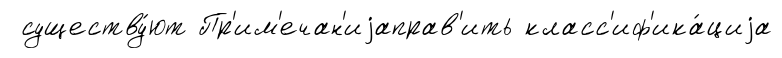
существу́ют Пр'им'ечан'иjаправ'ить класс'иф'ика́циjа